Bréfritari: Sigríður Pálsdóttir
Viðtakandi: Páll Pálsson
Dagsetning: A-1854-08-20
Skrifað á: Hraungerði  Árn.
Páll var bróðir Sigríðar

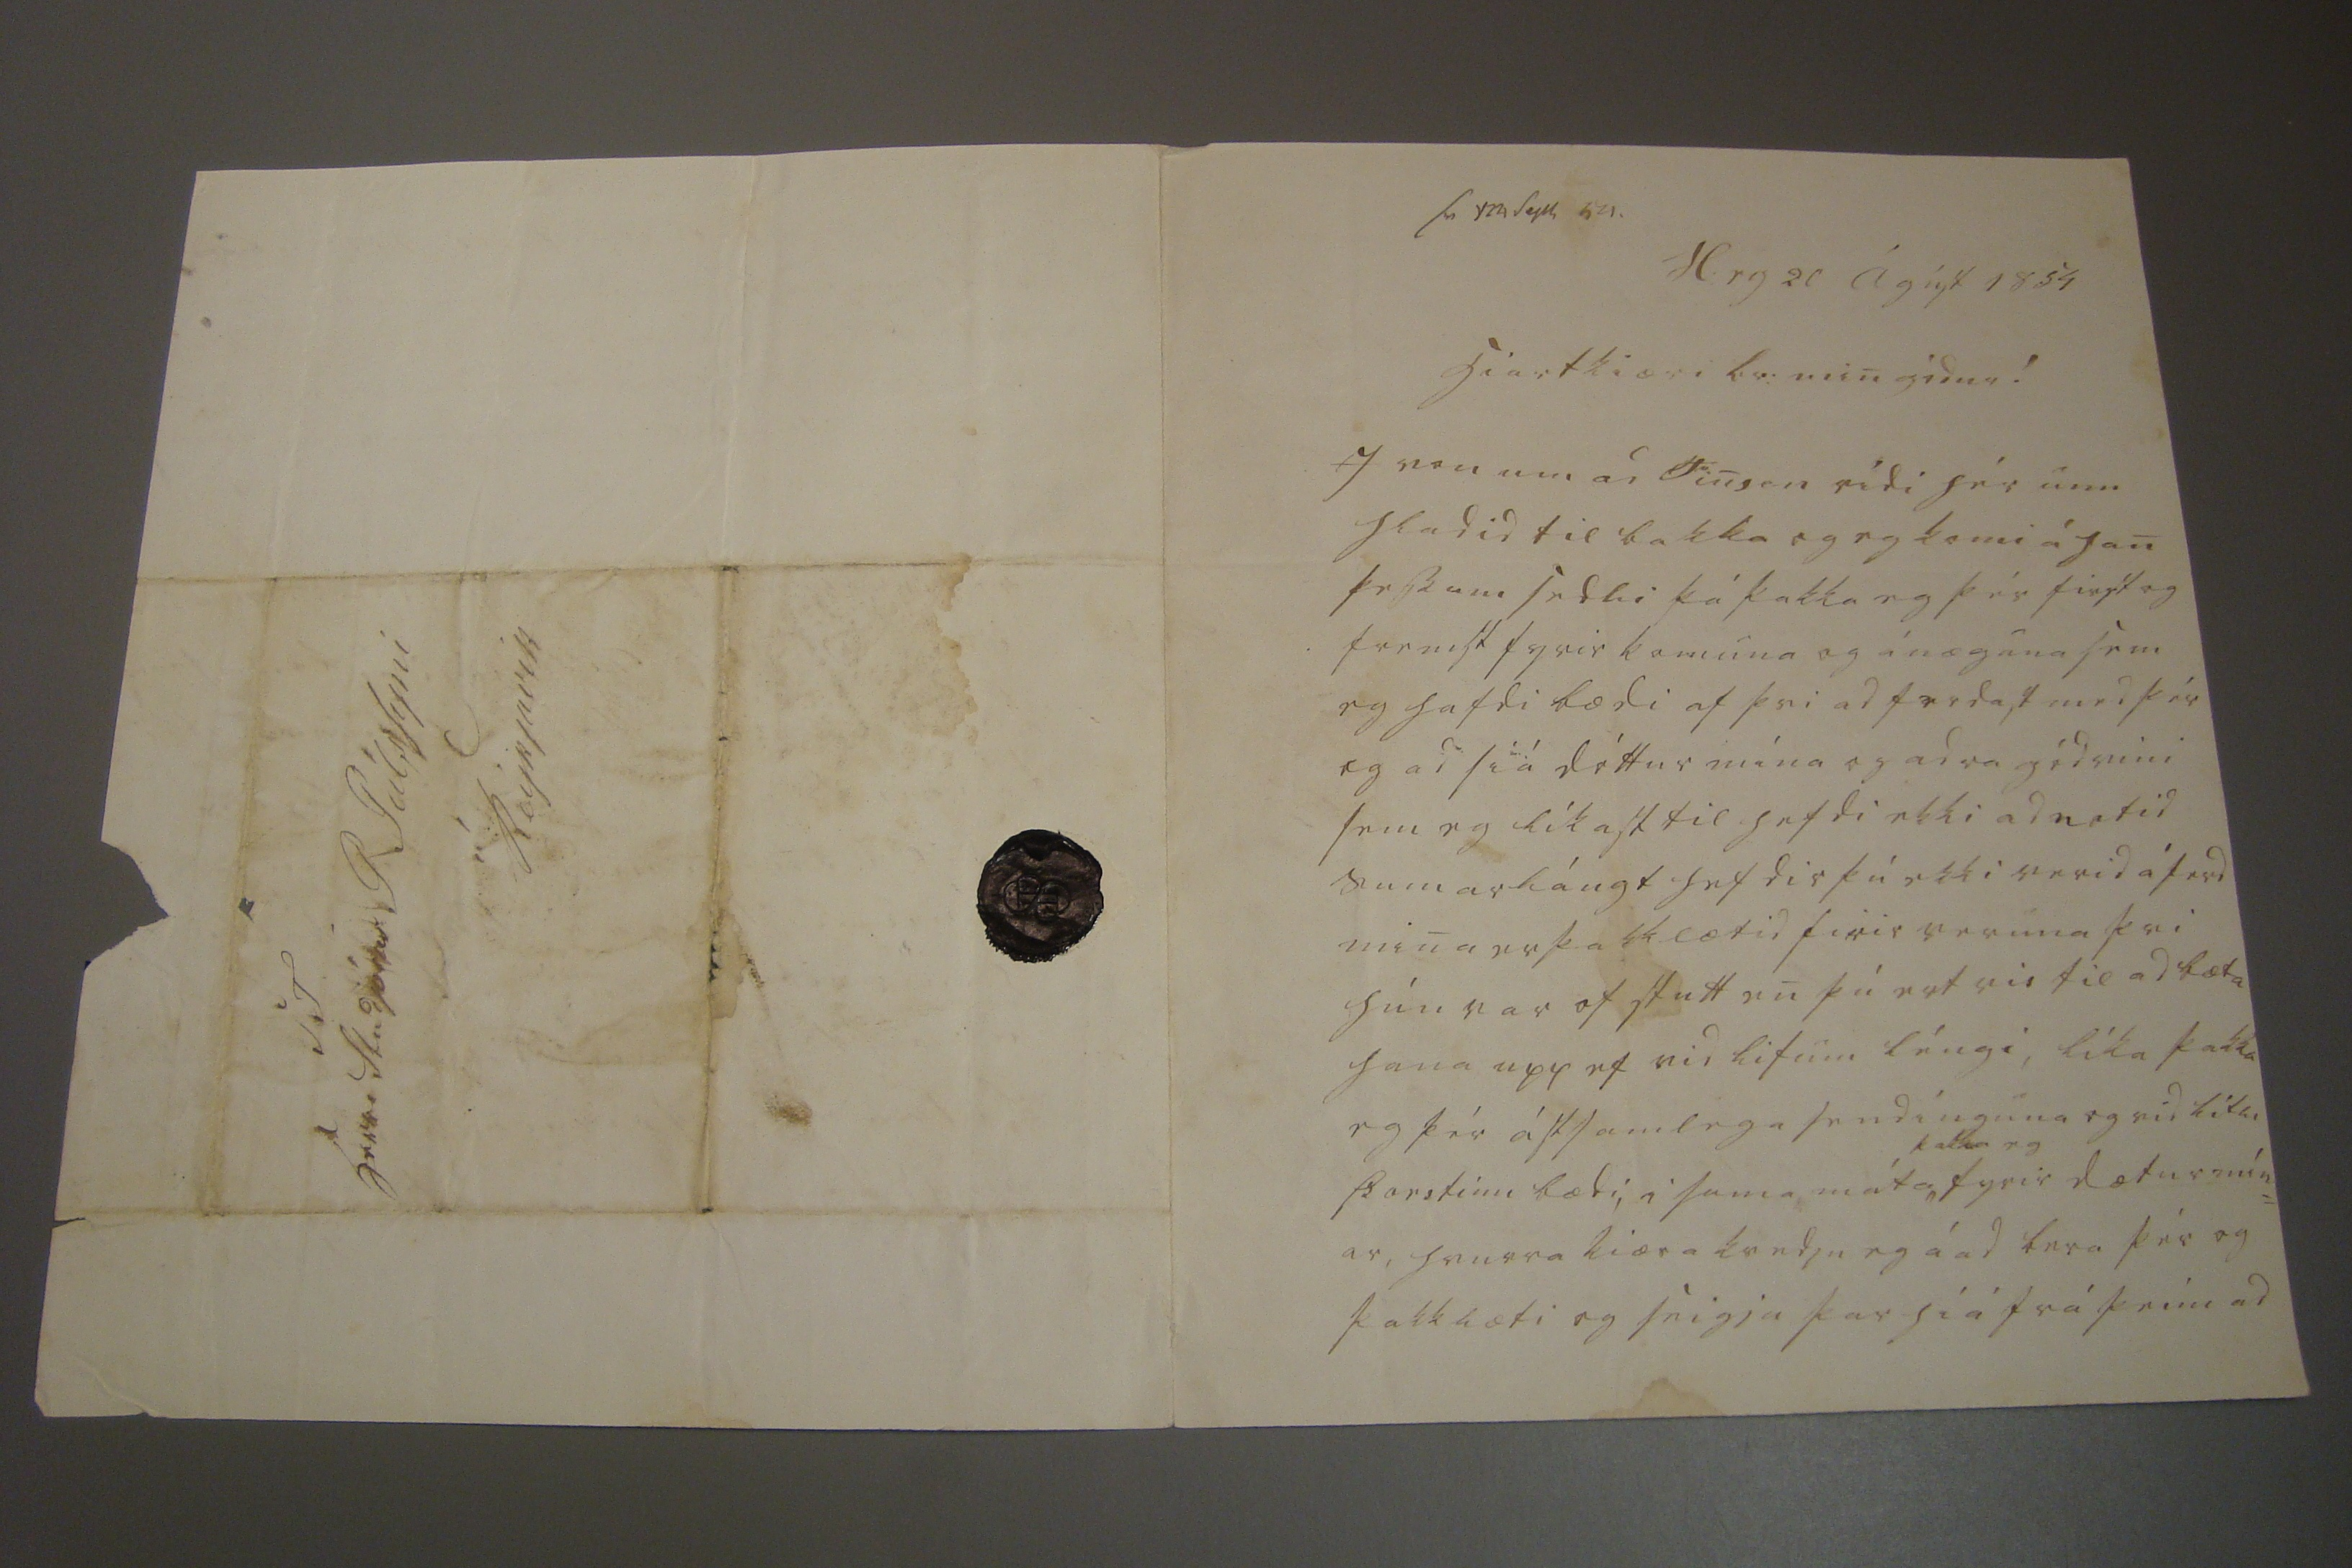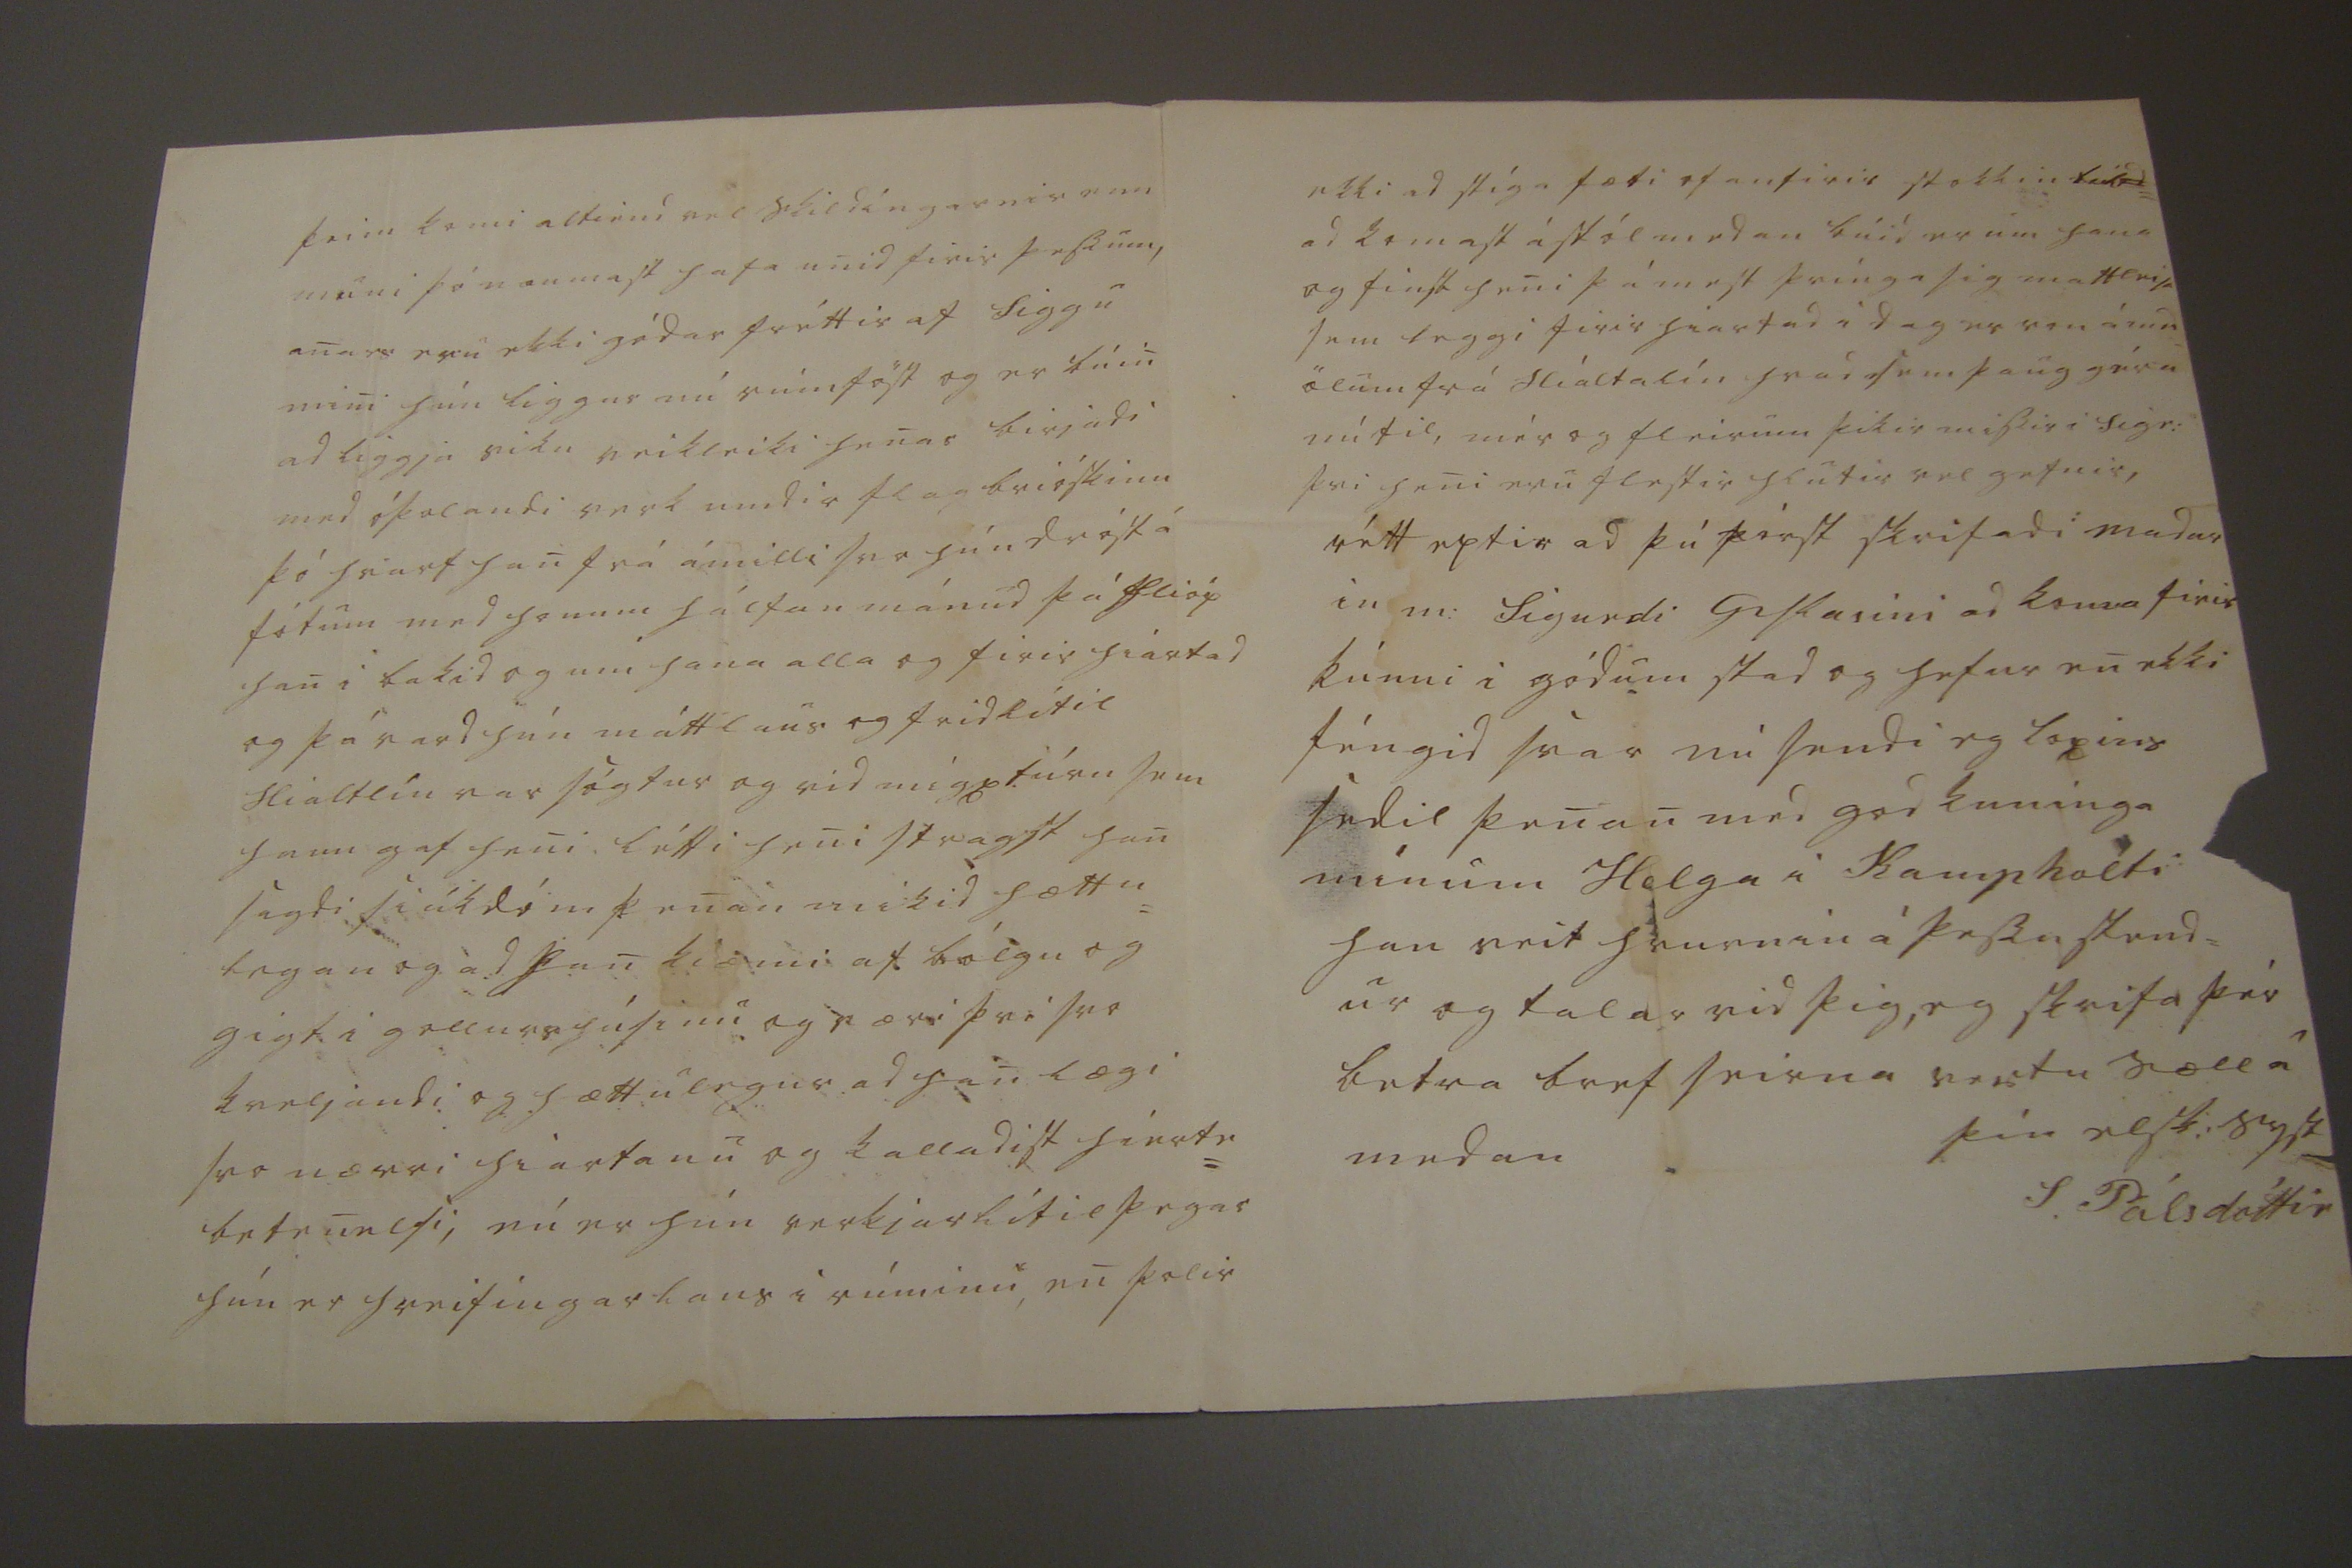

sv
y
24 septb 54.
H:rg 20 ágúst 1854
hiartkiæri br: min gódur!
I von um ad Finsen rédi hér um hladid til bakka og eg komi á han þessum sedli þá þakka eg þér first og fremst fyrir komuna og ánæguna sem eg hafdi bædi af þvi ad ferdast med þér og ad síá dóttur mína og adra gódvini sem eg líkast til hefdi ekki adnotid sumarlángt hefdir þú ekki verid á ferd mina er þakklætid firir veruna þvi hún var of stutt en þú ert vis til ad bæta hana upp ef vid lifum léngi, líka þakka eg þér ástsamlega sendínguna og vid litli Þorsinn bædi, i sama máta^
þakka eg
fyrir dætur mín= ar, hvurra kiæra kvedju eg á ad bera þér og þakklæti og eigja þar híá frá þeim ad
þeim komi altiend vel skildíngarnir enn muni þó naumast hafa unid firir þessum, anars eru ekki gódar fréttir af Siggu mini hún liggur nú rúmföst og er búin ad liggja viku veikleiki henar birjadi med óþolandi verk undir flagbrióskinu þó hvarf han frá ámilli svo hún dróst á fótum med honum hálfan mánud þá hlióp han i bakid og um hana alla og firir hiartad og þá vard hún máttlaus og fridlítil Hialtlín var sógtur og vid migxtúru sem hann gaf heni létti heni stragst han sagdi siúkdóm þenan mikid hættu= legan og ad han kiæmi af bólgu og gigt i
gollurs
húsinu og væri þvi svo kveljandi og hættulegur ad han lægi svo nærri hiartanu og kalladist hierte= betenelsi, nú er hún verkjarlítil þegar hún er hreifíngarlaus i rúminu, en þolir
ekki ad stíga fæti ofanfirir stokkin til
ad
= ad komast á stól medan búid er um hana og finst heni þá mest þvínga sig mattleisi sem leggi firir hiartad i dag er von á med= ölum frá Hialtalín hvad sem þaug géra nú til, mér og fleirum þikir missir i Sigr: þvi heni eru flestir hlutir vel gefnir, rétt eptir ad þú fórst skrifadi madur in m: Sigurdi Gislasini ad koma firir kúnni i gódum stad og hefur en ekki féngid svar nú sendi eg loxins sedil þenan med god kuninga mínum Helga i Kampholti han veit hvurnin á þessu stend= ur og talar vid þig, eg skrifa þér betra bref seirna vertu sæll á medan
þín elsk: syst
S. Pálsdóttir
S.T. herra Studjósus P. Pálssyni í Reijkjavík